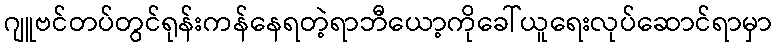
ဂျူဗင်တပ်တွင်ရုန်းကန်နေရတဲ့ရာဘီယော့ကိုခေါ်ယူရေးလုပ်ဆောင်ရာမှာ